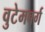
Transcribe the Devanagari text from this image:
वुटेमबर्ग